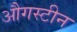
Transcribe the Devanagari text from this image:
औगस्टीन